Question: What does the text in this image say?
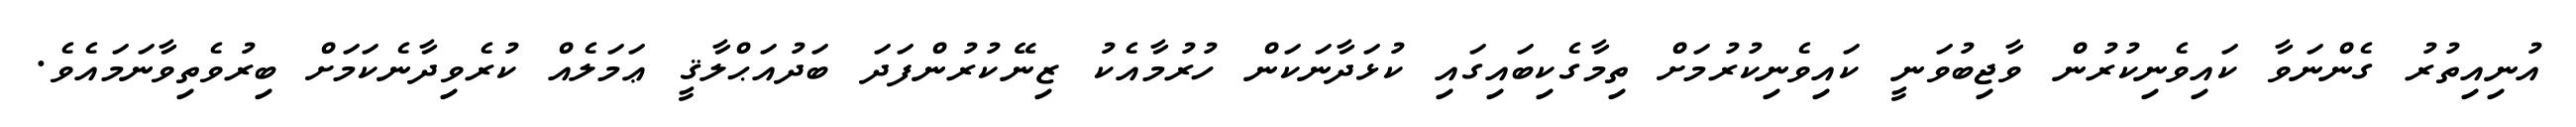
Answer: އުނިއިތުރު ގެންނަވާ ކައިވެނިކުރުން ވާޖިބުވަނީ ކައިވެނިކުރުމަށް ތިމާގެކިބައިގައި ކުޅަދާނަކަން ހުރުމާއެކު ޒިނޭކުރުންފަދަ ބަދުއަޙްލާޤީ ޢަމަލެއް ކުރެވިދާނެކަމަށް ބިރުވެތިވާނަމައެވެ.